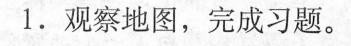
1.观察地图，完成习题。